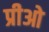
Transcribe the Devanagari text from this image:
प्रीओ